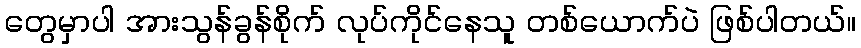
တွေမှာပါ အားသွန်ခွန်စိုက် လုပ်ကိုင်နေသူ တစ်ယောက်ပဲ ဖြစ်ပါတယ်။